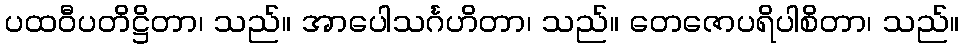
ပထဝီပတိဋ္ဌိတာ၊ သည်။ အာပေါသင်္ဂဟိတာ၊ သည်။ တေဇောပရိပါစိတာ၊ သည်။